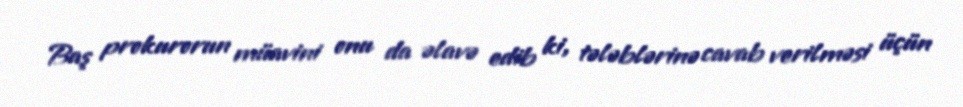
Baş prokurorun müavini onu da əlavə edib ki, tələblərinə cavab verilməsi üçün